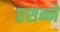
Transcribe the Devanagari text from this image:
प्रसन्ने